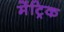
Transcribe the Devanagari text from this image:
मेंट्रिक